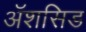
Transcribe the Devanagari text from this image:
ॲशसिड